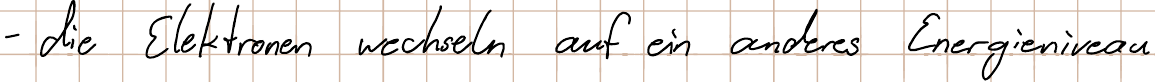
- die Elektronen wechseln auf ein anderes Energieniveau